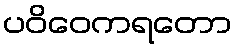
ပဝိဝေကရတော